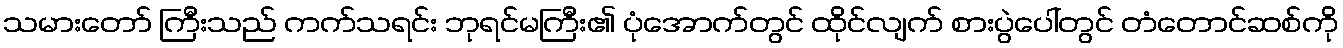
သမားတော် ကြီးသည် ကက်သရင်း ဘုရင်မကြီး၏ ပုံအောက်တွင် ထိုင်လျက် စားပွဲပေါ်တွင် တံတောင်ဆစ်ကို